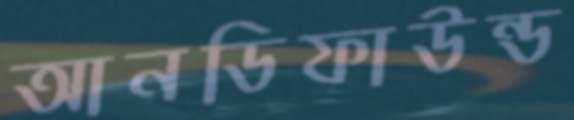
আনডিফাউন্ড